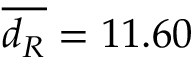
\overline { { d _ { R } } } = 1 1 . 6 0